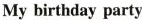
My birthday party